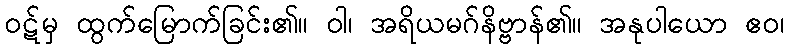
ဝဋ်မှ ထွက်မြောက်ခြင်း၏။ ဝါ၊ အရိယမဂ်နိဗ္ဗာန်၏။ အနုပါယော ဧဝ၊